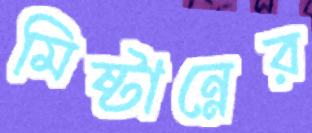
মিষ্টান্নের